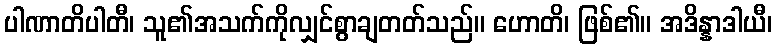
ပါဏာတိပါတီ၊ သူ၏အသက်ကိုလျှင်စွာချတတ်သည်။ ဟောတိ၊ ဖြစ်၏။ အဒိန္နာဒါယီ၊